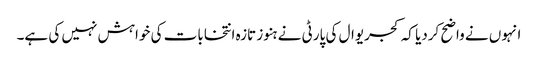
انہوں نے واضح کردیا کہ کجریوال کی پارٹی نے ہنوز تازہ انتخابات کی خواہش نہیں کی ہے۔